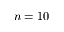
n = 1 0